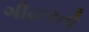
ગીટારનો